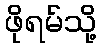
ဖိုရမ်သို့